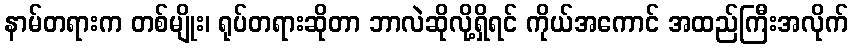
နာမ်တရားက တစ်မျိုး၊ ရုပ်တရားဆိုတာ ဘာလဲဆိုလို့ရှိရင် ကိုယ်အကောင် အထည်ကြီးအလိုက်